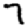
Digit: 7